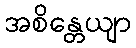
အစိန္တေယျာ